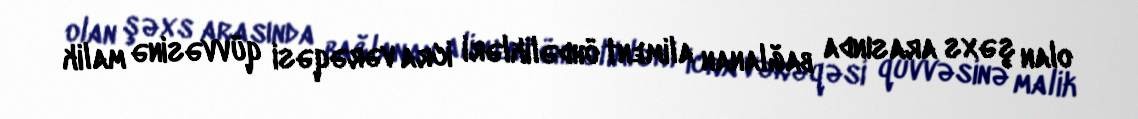
olan şəxs arasında bağlanan aliment öhdəlikləri icra vərəqəsi qüvvəsinə malik